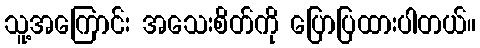
သူ့အကြောင်း အသေးစိတ်ကို ပြောပြထားပါတယ်။